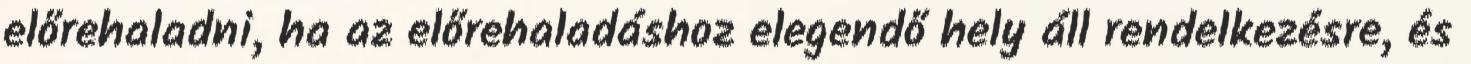
előrehaladni, ha az előrehaladáshoz elegendő hely áll rendelkezésre, és